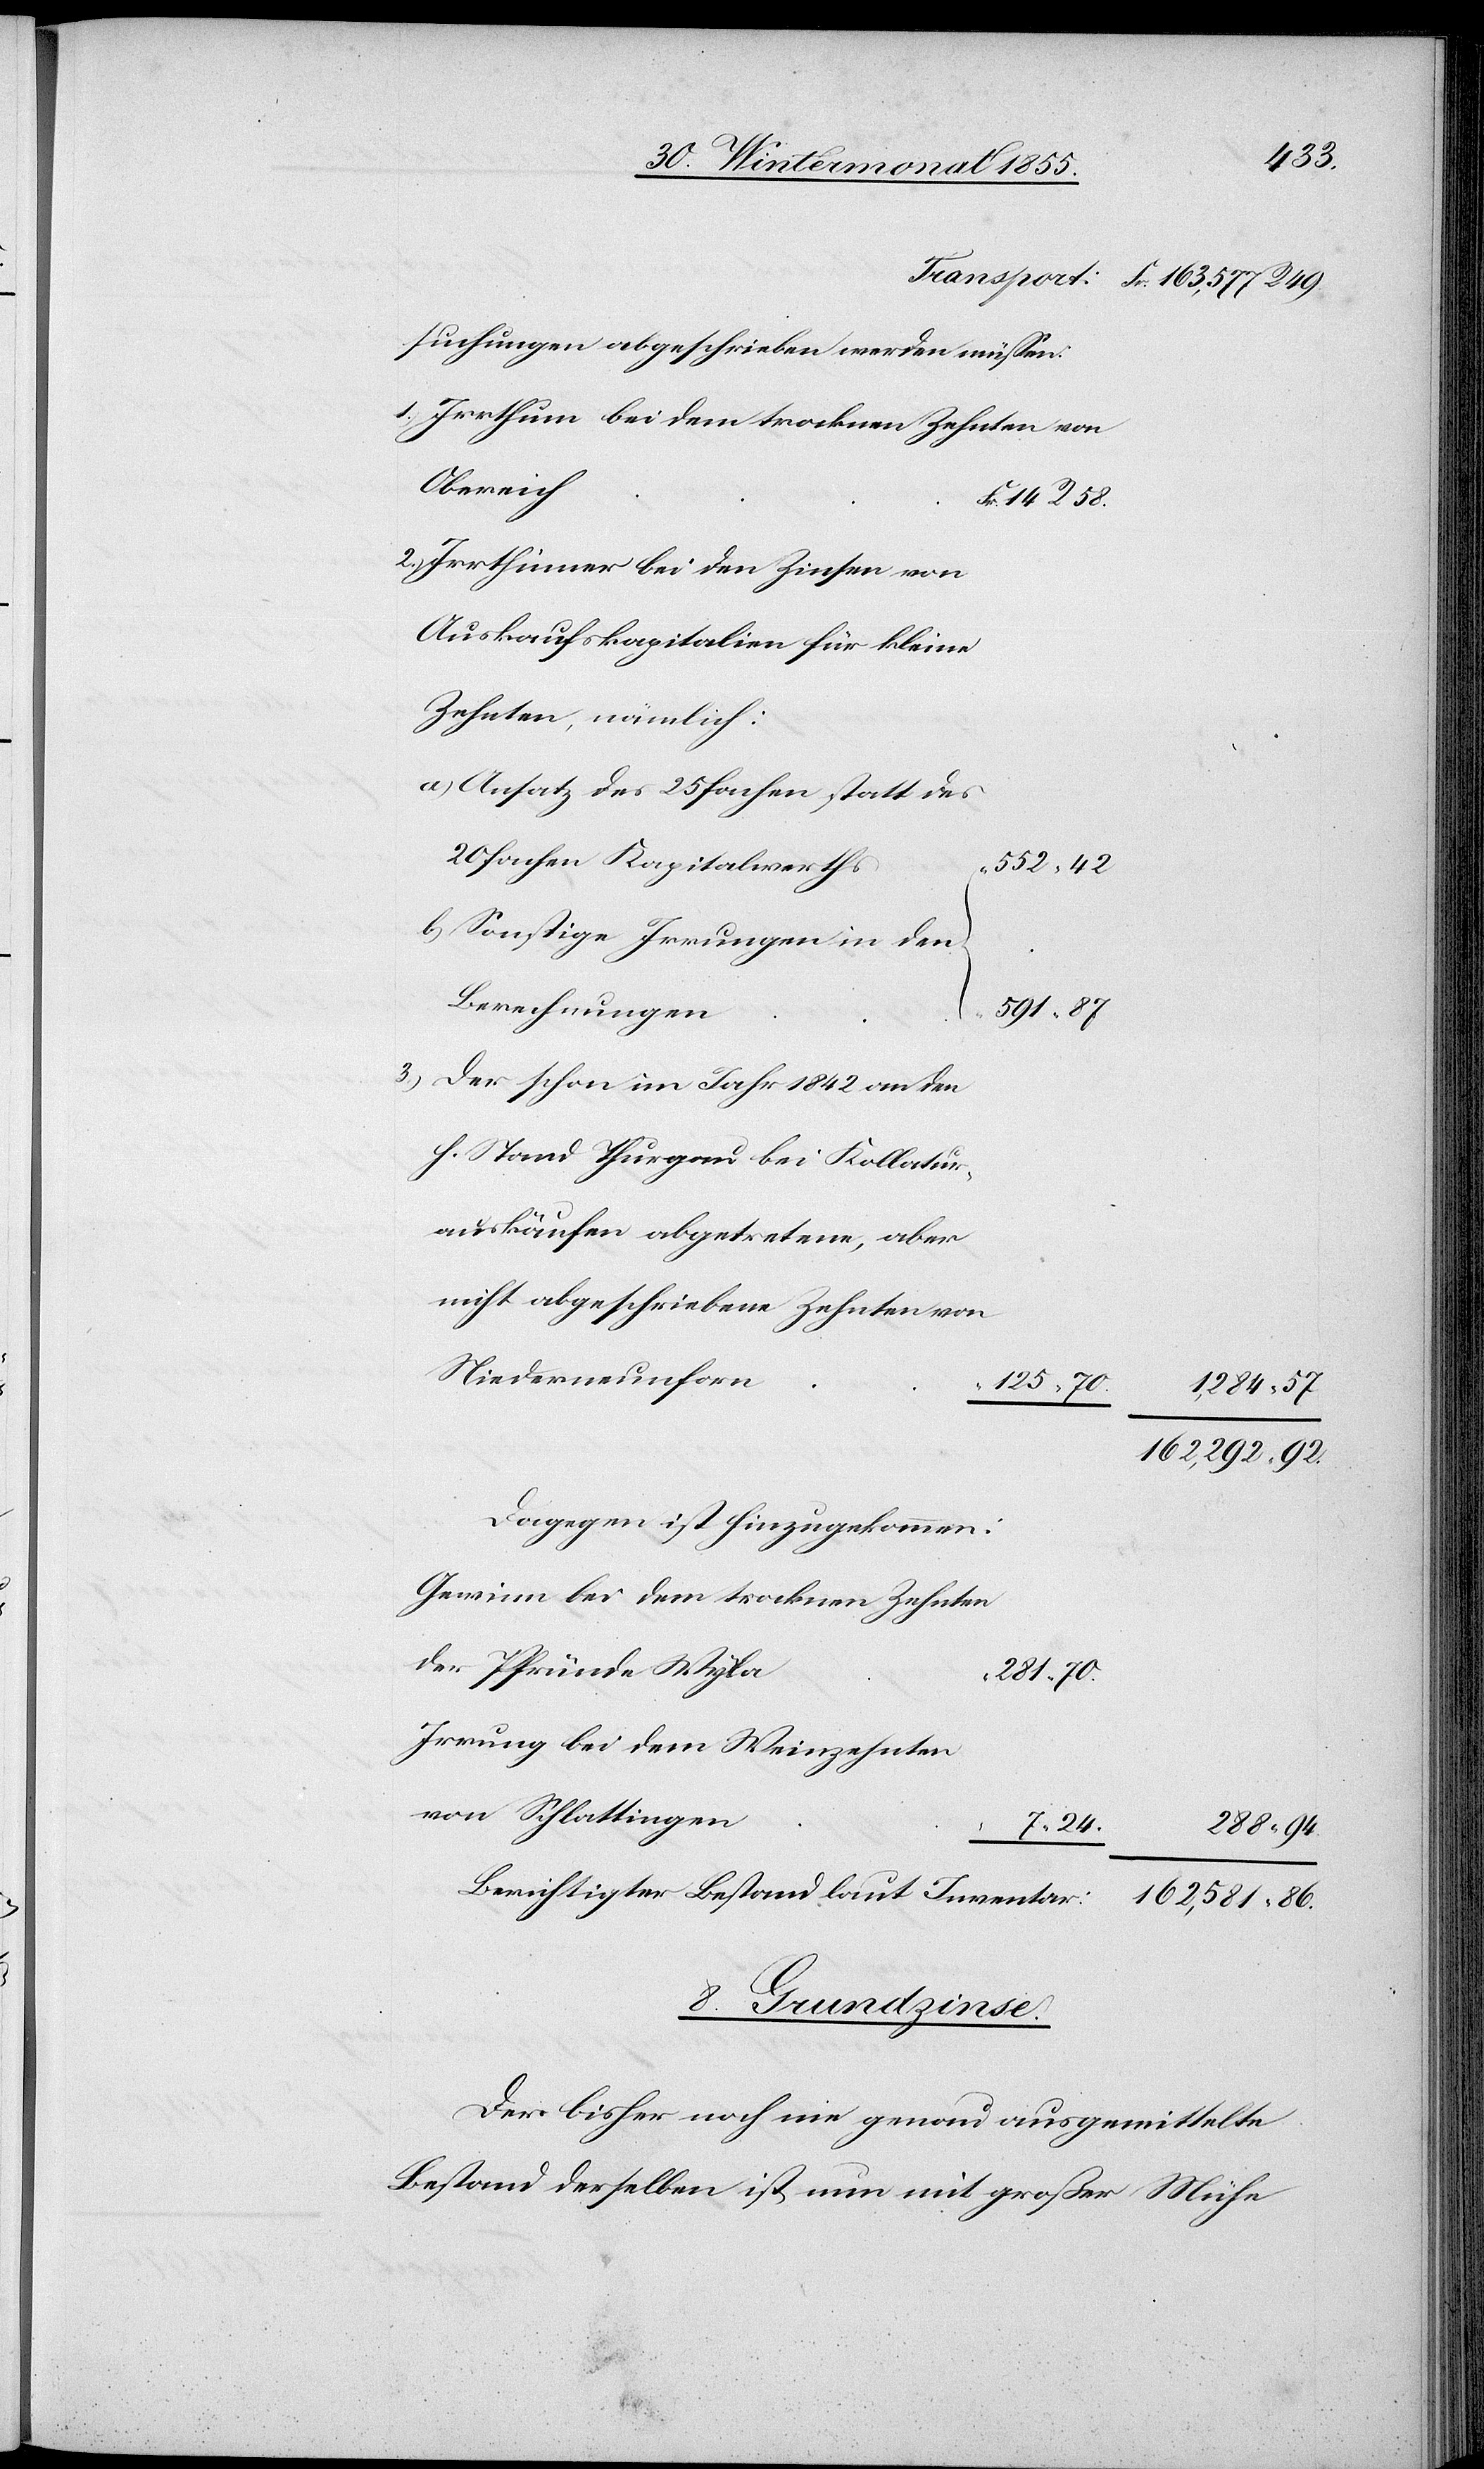
Fr.

125.
suchungen abgeschrieben werden müssen:
Irrthum bei dem trocknen Zehnten von
Obereich
Irrthümer bei den Zinsen von
Auskaufskapitalien für kleine
Zehnten, nämlich:
a) Ansatz des 25 fachen statt des
20 fachen Kapitalwerths
b) Sonstige Irrungen in den
Berechnungen
591.
“
Der schon im Jahr 1842 an den
h. Stand Thurgau bei Kollatur¬
auskäufen abgetretene, aber
nicht abgeschriebene Zehnten von
Niederneunforn
162,581.
162,292.
Dagegen ist hinzugekommen:
Gewinn bei dem trocknen Zehnten
der Pfründe Wyla
“ 70.
Irrung bei dem Weinzehnten
von Schlattingen
288.
“ 86.
57
Berichtigter Bestand laut Inventar:
8. Grundzinse.
Der bisher noch nie genau ausgemittelte
Bestand derselben ist nun mit großer Mühe